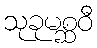
သုခုမစ္ဆဝီ